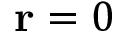
\mathbf { r } = 0